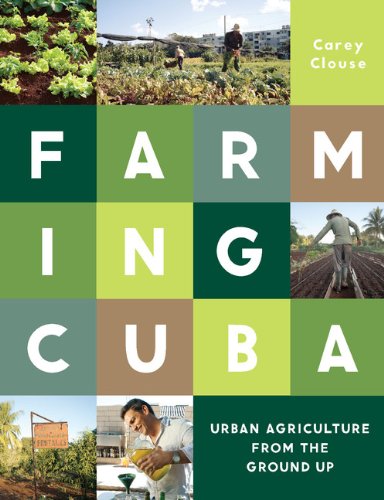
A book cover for Farming Cuba: Urban Agriculture From the Ground Up; Carey Clouse; Crafts, Hobbies & Home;